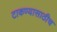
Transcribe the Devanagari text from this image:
टाकण्यासाठीच